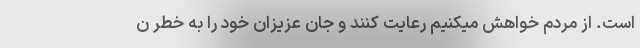
است. از مردم خواهش میکنیم رعایت کنند و جان عزیزان خود را به خطر ن